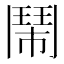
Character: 鬧